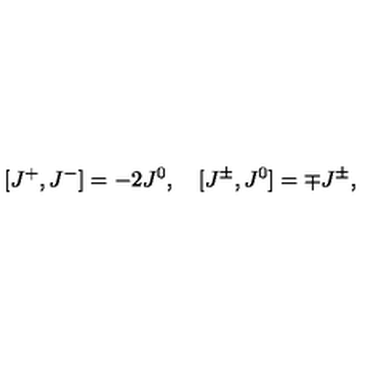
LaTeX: [ J ^ { + } , J ^ { - } ] = - 2 J ^ { 0 } , \quad [ J ^ { \pm } , J ^ { 0 } ] = \mp J ^ { \pm } ,